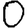
Digit: 0